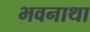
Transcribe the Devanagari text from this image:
भवनाथा